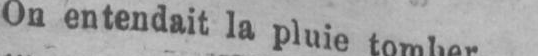
On entendait la pluie tomber